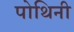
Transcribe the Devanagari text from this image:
पोथिनी